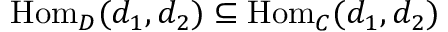
\mathrm { H o m } _ { D } ( d _ { 1 } , d _ { 2 } ) \subseteq \mathrm { H o m } _ { C } ( d _ { 1 } , d _ { 2 } )